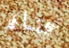
عثمان